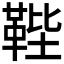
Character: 𩊰